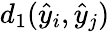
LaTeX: d_{1}(\hat{y}_{i},\hat{y}_{j})